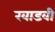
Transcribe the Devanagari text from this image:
खाडवी